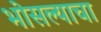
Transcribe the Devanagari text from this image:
भोसल्याचा